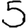
Digit: 5